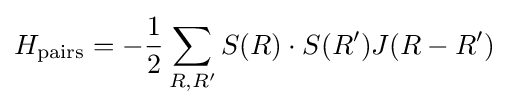
H_{\text{pairs}}=-{\frac {1}{2}}\sum _{R,R'}S(R)\cdot S(R')J(R-R')